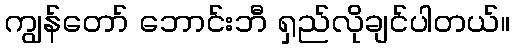
ကျွန်တော် ဘောင်းဘီ ရှည်လိုချင်ပါတယ်။